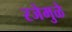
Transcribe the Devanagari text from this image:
रजेमुळे